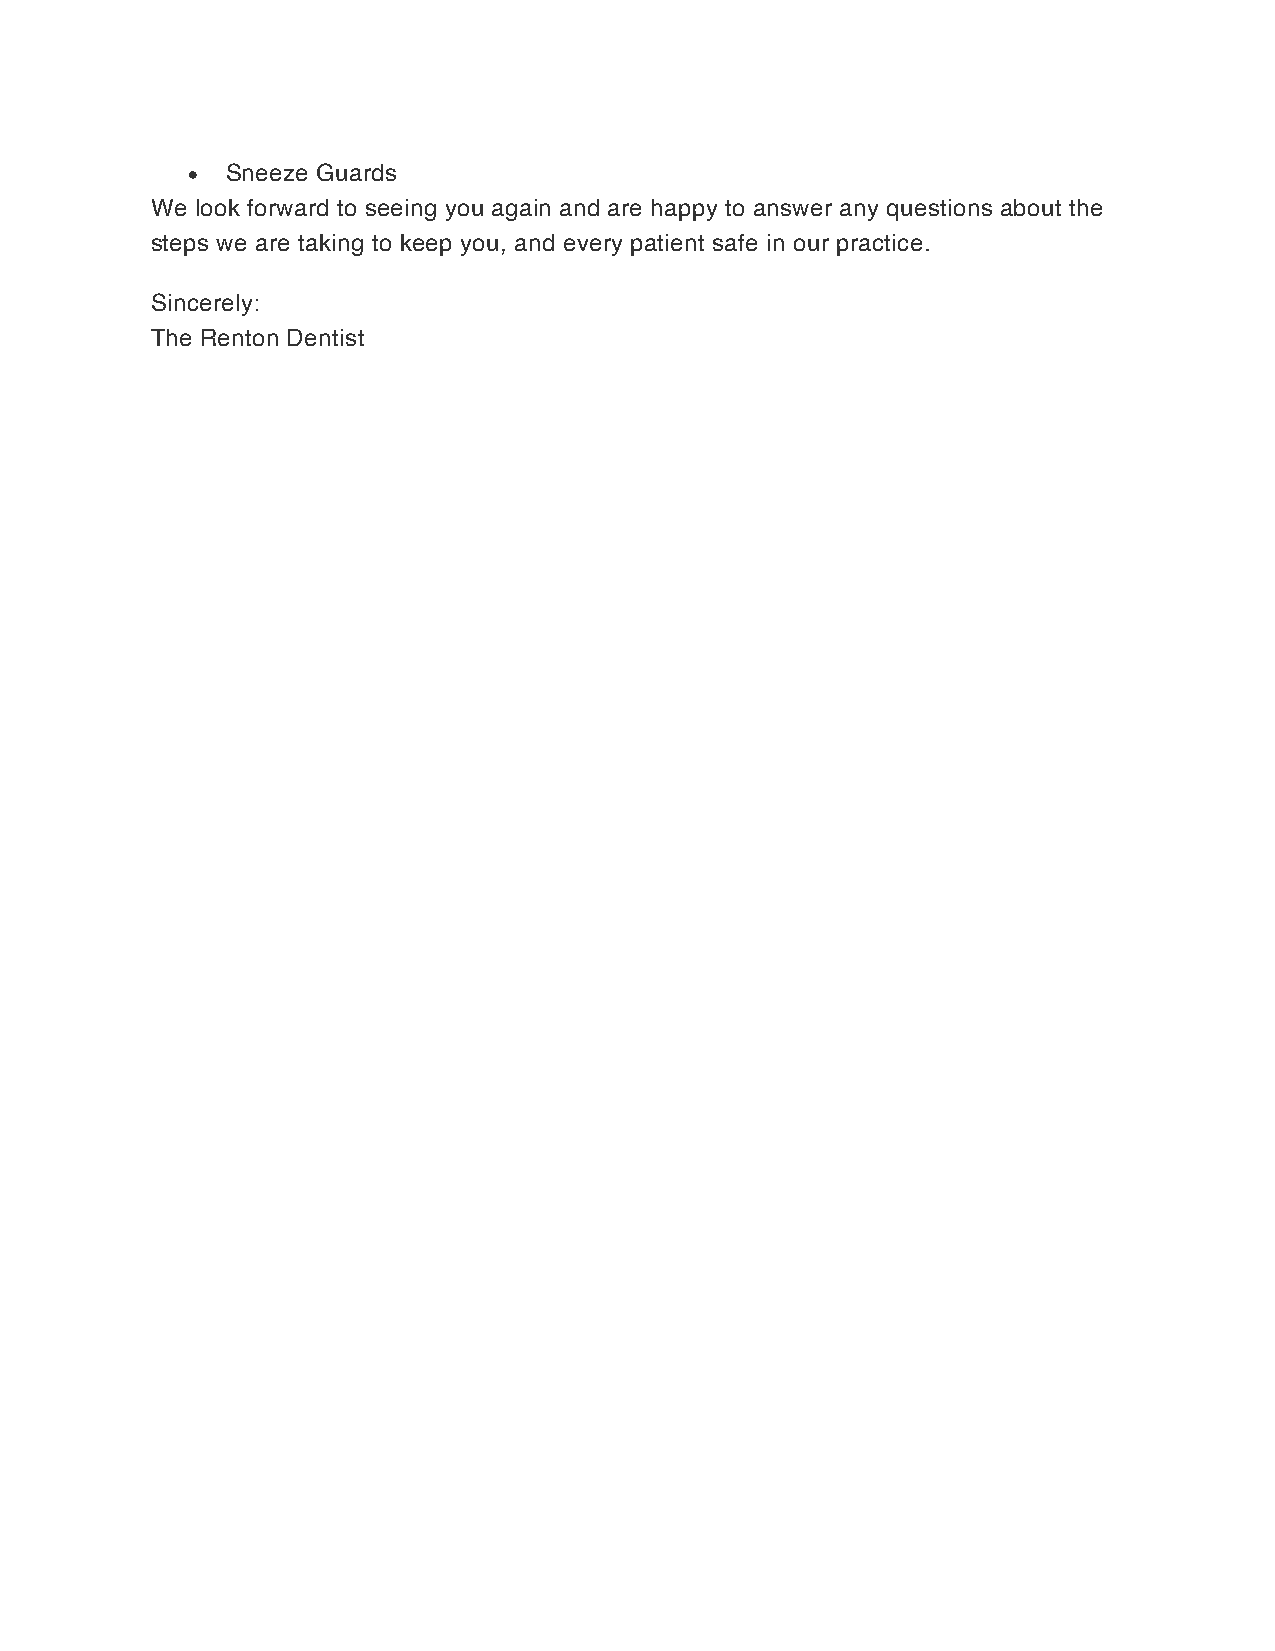
•  Sneeze Guards
 We look forward to seeing you again and are happy to answer any questions about the
 steps we are taking to keep you, and every patient safe in our practice.
 Sincerely:
 The Renton Dentist